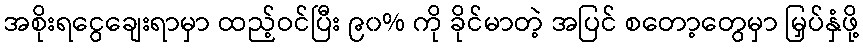
အစိုးရငွေချေးရာမှာ ထည့်ဝင်ပြီး ၉၀% ကို ခိုင်မာတဲ့ အပြင် စတော့တွေမှာ မြှပ်နှံဖို့